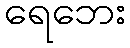
ရေဘေး